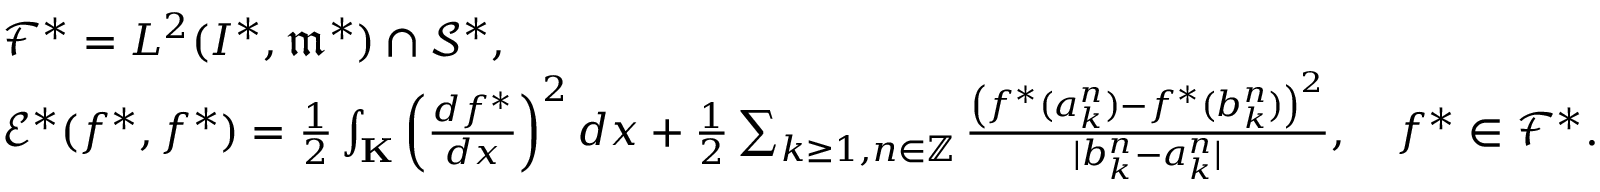
\begin{array} { r l } & { { \mathscr F } ^ { * } = L ^ { 2 } ( I ^ { * } , \mathfrak { m } ^ { * } ) \cap \mathscr { S } ^ { * } , } \\ & { { \mathscr E } ^ { * } ( f ^ { * } , f ^ { * } ) = \frac { 1 } { 2 } \int _ { \mathbf K } \left( \frac { d f ^ { * } } { d x } \right) ^ { 2 } d x + \frac { 1 } { 2 } \sum _ { k \geq 1 , n \in { \mathbb Z } } \frac { \left( f ^ { * } ( a _ { k } ^ { n } ) - f ^ { * } ( b _ { k } ^ { n } ) \right) ^ { 2 } } { | b _ { k } ^ { n } - a _ { k } ^ { n } | } , \quad f ^ { * } \in { \mathscr F } ^ { * } . } \end{array}